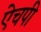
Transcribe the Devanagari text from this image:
ऐचपी